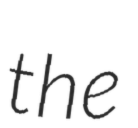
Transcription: the